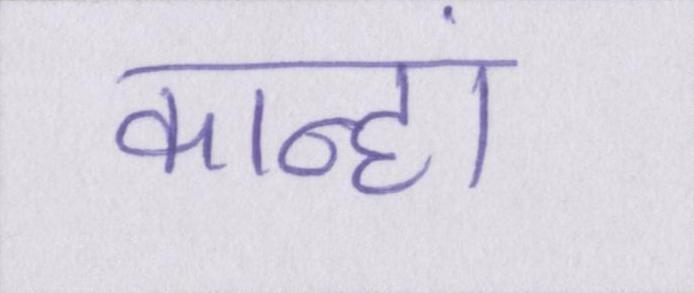
कान्हां